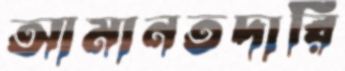
আমানতদারি